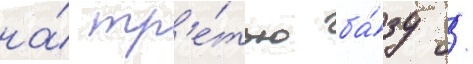
на́ тр'е́тью ба́зу /